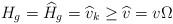
LaTeX: \begin{align*}H_g = \widehat H_g = \widehat v_k \geq \widehat v = v \Omega\end{align*}